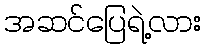
အဆင်ပြေရဲ့လား